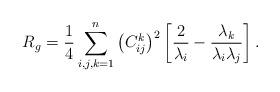
LaTeX: \begin{align*} R_g= \frac{1}{4} \sum_{i, j, k=1}^n \big(C^k_{ij}\big)^2\left[ \frac{2}{\lambda_i}- \frac{\lambda_{k}}{\lambda_i\lambda_{j}} \right].\end{align*}